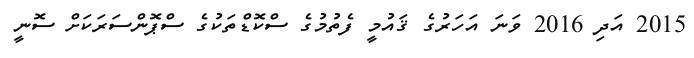
2015 އަދި 2016 ވަނަ އަހަރުގެ ޤައުމީ ފެތުމުގެ ސްކޮޑްތަކުގެ ސްޕޮންސަރަކަށް ސޮނީ